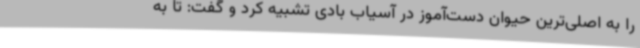
را به اصلی‌ترین حیوان دست‌آموز در آسیاب بادی تشبیه کرد و گفت: تا به